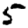
Digit: 5